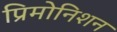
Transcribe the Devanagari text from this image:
प्रिमोनिशन